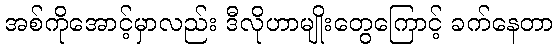
အစ်ကိုအောင့်မှာလည်း ဒီလိုဟာမျိုးတွေကြောင့် ခက်နေတာ